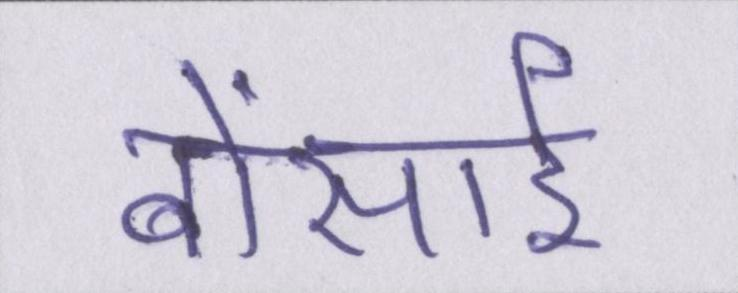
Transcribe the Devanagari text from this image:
बोंसाई